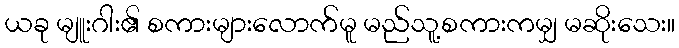
ယခု မျူးဂါး၏ စကားများလောက်မူ မည်သူ့စကားကမျှ မဆိုးသေး။